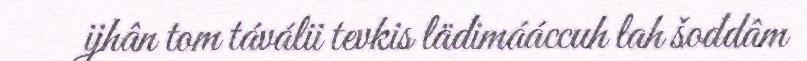
ijhân tom táválii tevkis lädimááccuh lah šoddâm